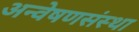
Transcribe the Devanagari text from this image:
अन्वेषणसंस्था